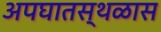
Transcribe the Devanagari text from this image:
अपघातस्थळास